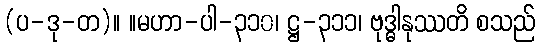
(ပ-ဒု-တ)။ ။မဟာ-ပါ-၃၁၀၊ ဋ္ဌ-၃၁၁၊ ဗုဒ္ဓါနုဿတိ စသည်